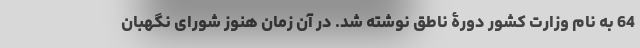
64 به نام وزارت کشور دورۀ ناطق نوشته شد. در آن زمان هنوز شورای نگهبان